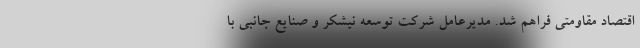
اقتصاد مقاومتی فراهم شد. مدیرعامل شرکت توسعه نیشکر و صنایع جانبی با